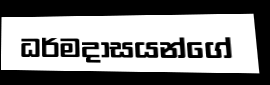
ධර්මදාසයන්ගේ